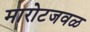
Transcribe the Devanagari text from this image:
मारोटजवळ